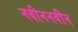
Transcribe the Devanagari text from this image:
नवीननवीन